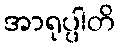
အာရုပ္ပါတိ